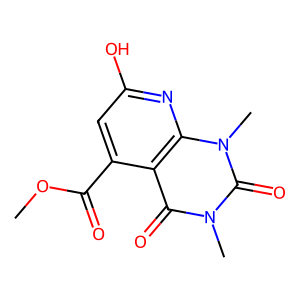
SMILES: COC(=O)c1cc(O)nc2c1c(=O)n(C)c(=O)n2C
Inhibits HIV replication: No